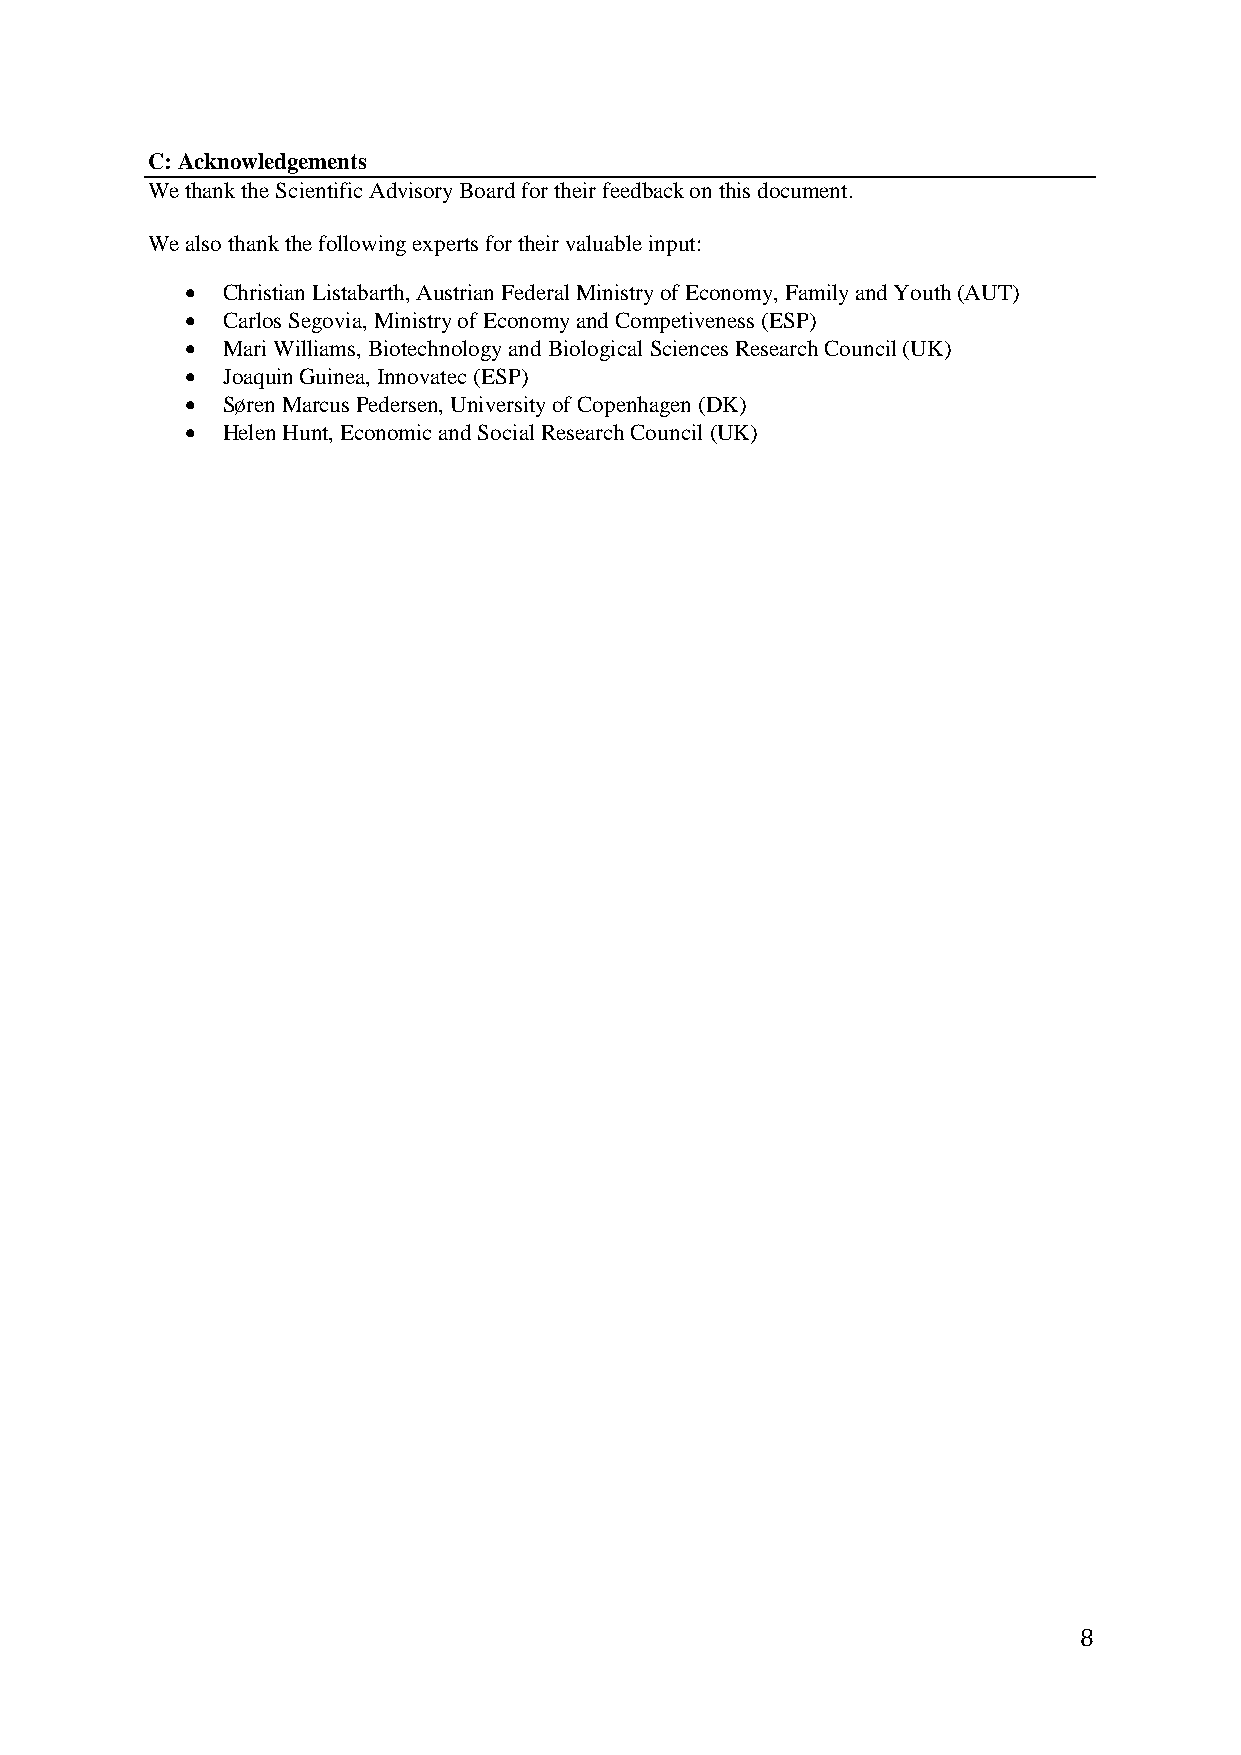
C: Acknowledgements
 We thank the Scientific Advisory Board for their feedback on this document.
 We also thank the following experts for their valuable input:
   Christian Listabarth, Austrian Federal Ministry of Economy, Family and Youth (AUT)
   Carlos Segovia, Ministry of Economy and Competiveness (ESP)
   Mari Williams, Biotechnology and Biological Sciences Research Council (UK)
   Joaquin Guinea, Innovatec (ESP)
   Søren Marcus Pedersen, University of Copenhagen (DK)
   Helen Hunt, Economic and Social Research Council (UK)
 8